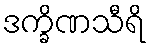
ဒက္ခိဏသီရိ